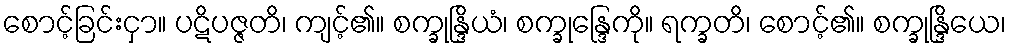
စောင့်ခြင်းငှာ။ ပဋိပဇ္ဇတိ၊ ကျင့်၏။ စက္ခုန္ဒြိယံ၊ စက္ခုန္ဒြေကို။ ရက္ခတိ၊ စောင့်၏။ စက္ခုန္ဒြိယေ၊